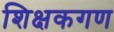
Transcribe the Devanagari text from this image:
शिक्षकगण